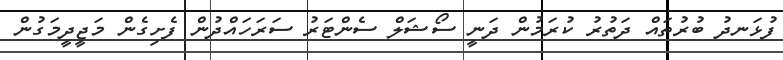
ފުޅަނދު ބުރުތައް ދަތުރު ކުރަމުން ދަނީ ސޯޝަލް ސެންޓަރު ސަރަހައްދުން ފެށިގެން މަޖީދީމަގުން